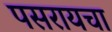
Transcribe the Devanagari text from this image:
पसरायचा